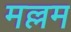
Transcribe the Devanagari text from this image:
मल्लम